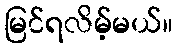
မြင်ရလိမ့်မယ်။